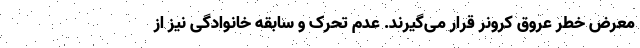
معرض خطر عروق کرونر قرار می‌گیرند. عدم تحرک و سابقه خانوادگی نیز از